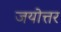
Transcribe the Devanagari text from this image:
जयोत्तर